Jaan_Tonisson_(Lasteleht), lk 165
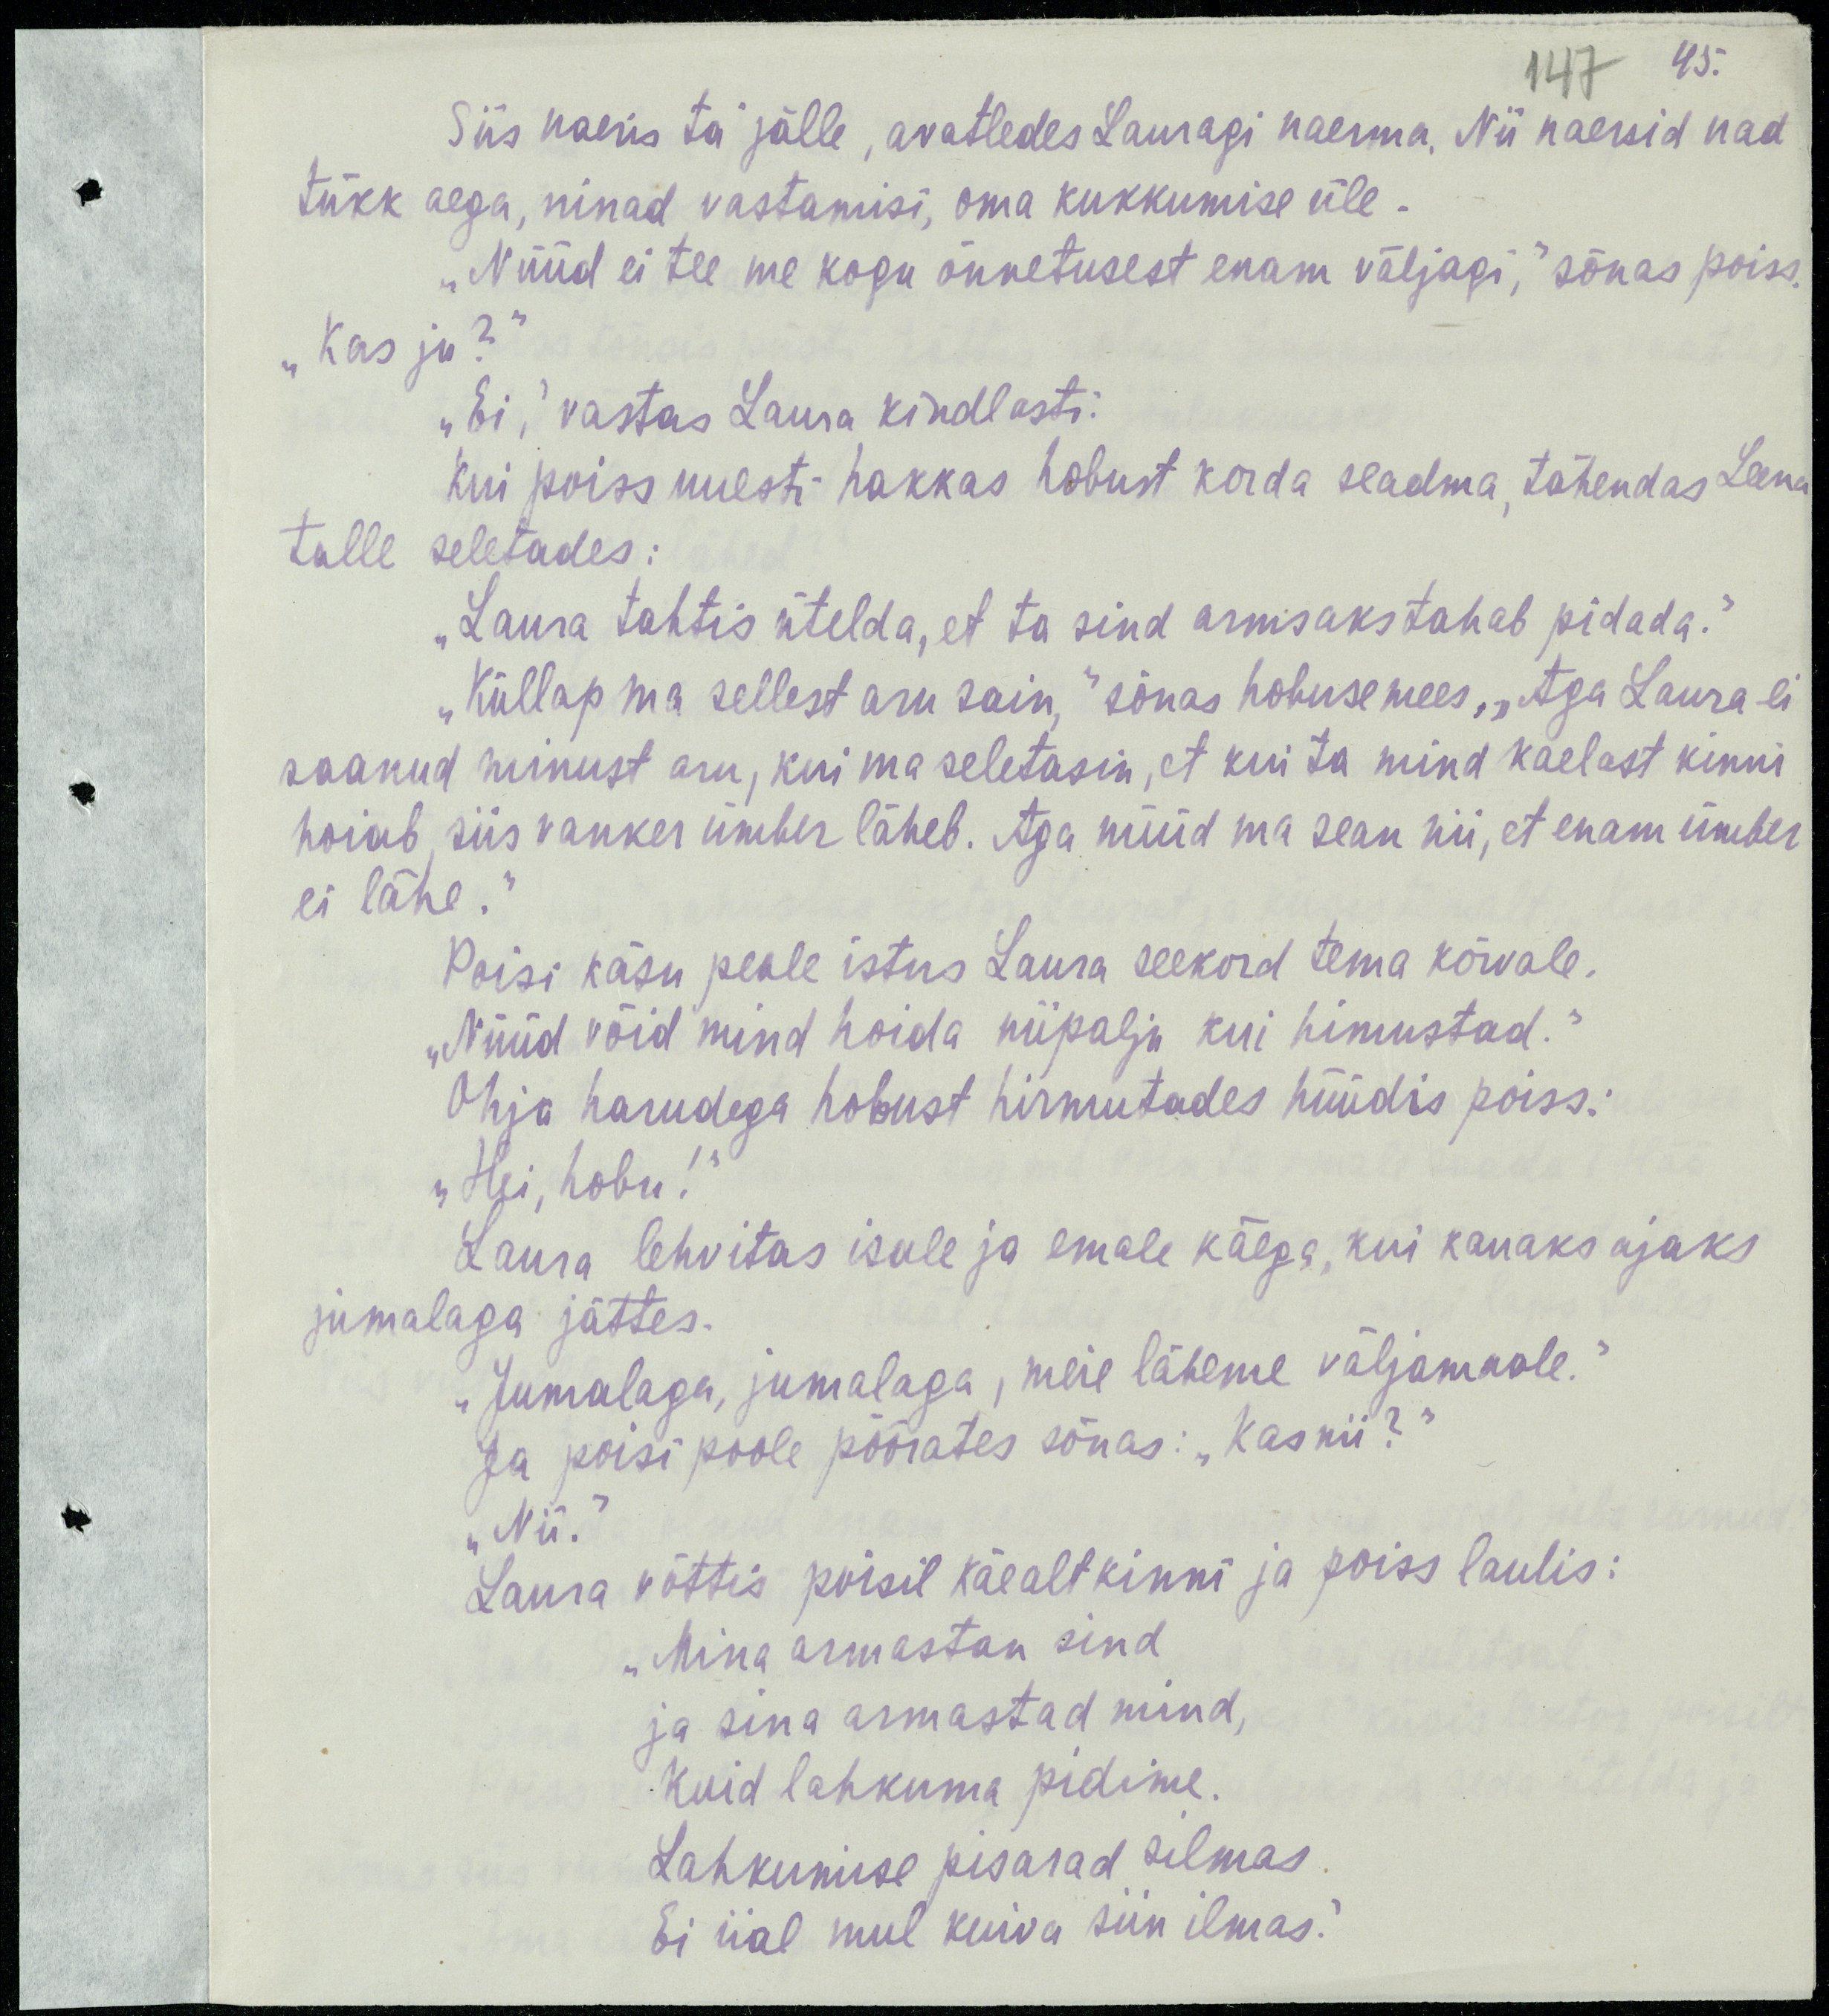
45.
147
Siis naeris ta jälle, avatledes Lauragi naerma. Nii naersid nad
tükk aega, ninad vastamisi, oma kukkumise üle.
„Nüüd ei tee me kogu õnnetusest enam väljagi,“ sõnas poiss.
„Kas ju?“
„Ei,“ vastas Laura kindlasti.
Kui poiss uuesti hakkas hobust korda seadma, tähendas Leena
talle seletades:
„Laura tahtis ütelda, et ta sind armsaks tahab pidada.“
„Küllap ma sellest aru sain,“ sõnas hobuse mees, „aga Laura ei
saanud minust aru, kui ma seletasin, et kui ta mind kaelast kinni
hoiab, siis vanker ümber läheb. Aga nüüd ma sean nii, et ta enam ümber
ei lähe.“
Poisi käsu peale istus Laura seekord tema kõrvale.
„Nüüd võid mind hoida niipalju kui himustad.“
Ohja harudega hobust hirmutades hüüdis poiss:
„Hei, hobu!“
Laura lehvitas isale ja emale käega, kui kauaks ajaks
jumalaga jättes.
„Jumalaga, jumalaga, meie läheme väljamaale.“
Ja poisi poole pöörates sõnas: „Kas nii?“
„Nii.“
Laura võttis poisil käealt kinni ja poiss laulis:
„Mina armastan sind
ja sina armastad mind,
Kuid lahkuma pidime.
Lahkumise pisarad silmas.
Ei iial mul kuiva siin ilmas.“